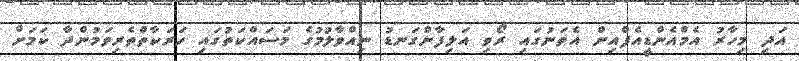
އަދި މިހާރު އެމްއެންޑީއެފްއިން އެތަނުގައި ރޯވި އަލިފާންގަނޑު ނިއްވާލުމުގެ މަސައްކަތުގައި ހަރަކާތްތެރިވަމުންދާ ކަމަށް